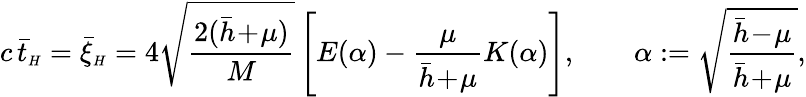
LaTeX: c\, \bar{t}_{{\scriptscriptstyle H}}=\bar{\xi}_{{\scriptscriptstyle H}}=4\sqrt{\frac{2(\bar{h}\! +\! \mu)}M}\left[E(\alpha)-\frac{\mu}{\bar{h}\! +\! \mu}K(\alpha)\right],\qquad\alpha:=\sqrt{\frac{\bar{h}\! -\! \mu}{\bar{h}\! +\! \mu}},